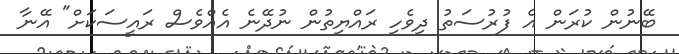
ބޭނުން ކުރަން އެ ފުރުސަތު ދިވެހި ރައްޔިތުން ނުދޭނެ އެއްވެސް ރައީސަކަށް" އޭނާ